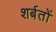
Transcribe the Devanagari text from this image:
शर्बतों